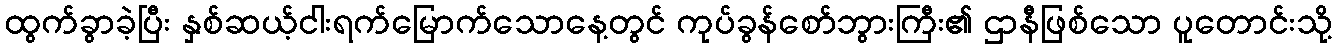
ထွက်ခွာခဲ့ပြီး နှစ်ဆယ့်ငါးရက်မြောက်သောနေ့တွင် ကုပ်ခွန်စော်ဘွားကြီး၏ ဌာနီဖြစ်သော ပူတောင်းသို့